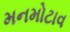
મનમોટાવ